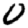
Digit: 0